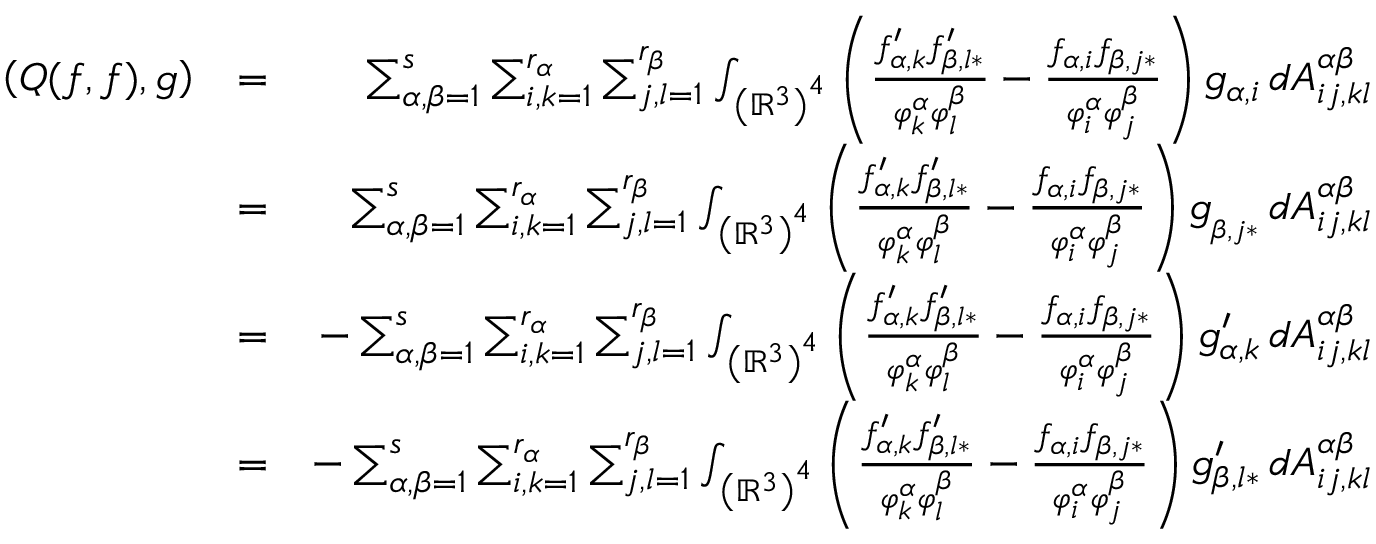
\begin{array} { r l r } { \left( Q ( f , f ) , g \right) } & { = } & { \sum _ { \alpha , \beta = 1 } ^ { s } \sum _ { i , k = 1 } ^ { r _ { \alpha } } \sum _ { j , l = 1 } ^ { r _ { \beta } } \int _ { \left( \mathbb { R } ^ { 3 } \right) ^ { 4 } } \left( \frac { f _ { \alpha , k } ^ { \prime } f _ { \beta , l \ast } ^ { \prime } } { \varphi _ { k } ^ { \alpha } \varphi _ { l } ^ { \beta } } - \frac { f _ { \alpha , i } f _ { \beta , j \ast } } { \varphi _ { i } ^ { \alpha } \varphi _ { j } ^ { \beta } } \right) g _ { \alpha , i } \, d A _ { i j , k l } ^ { \alpha \beta } } \\ & { = } & { \sum _ { \alpha , \beta = 1 } ^ { s } \sum _ { i , k = 1 } ^ { r _ { \alpha } } \sum _ { j , l = 1 } ^ { r _ { \beta } } \int _ { \left( \mathbb { R } ^ { 3 } \right) ^ { 4 } } \left( \frac { f _ { \alpha , k } ^ { \prime } f _ { \beta , l \ast } ^ { \prime } } { \varphi _ { k } ^ { \alpha } \varphi _ { l } ^ { \beta } } - \frac { f _ { \alpha , i } f _ { \beta , j \ast } } { \varphi _ { i } ^ { \alpha } \varphi _ { j } ^ { \beta } } \right) g _ { _ { \beta , j \ast } } \, d A _ { i j , k l } ^ { \alpha \beta } } \\ & { = } & { - \sum _ { \alpha , \beta = 1 } ^ { s } \sum _ { i , k = 1 } ^ { r _ { \alpha } } \sum _ { j , l = 1 } ^ { r _ { \beta } } \int _ { \left( \mathbb { R } ^ { 3 } \right) ^ { 4 } } \left( \frac { f _ { \alpha , k } ^ { \prime } f _ { \beta , l \ast } ^ { \prime } } { \varphi _ { k } ^ { \alpha } \varphi _ { l } ^ { \beta } } - \frac { f _ { \alpha , i } f _ { \beta , j \ast } } { \varphi _ { i } ^ { \alpha } \varphi _ { j } ^ { \beta } } \right) g _ { \alpha , k } ^ { \prime } \, d A _ { i j , k l } ^ { \alpha \beta } } \\ & { = } & { - \sum _ { \alpha , \beta = 1 } ^ { s } \sum _ { i , k = 1 } ^ { r _ { \alpha } } \sum _ { j , l = 1 } ^ { r _ { \beta } } \int _ { \left( \mathbb { R } ^ { 3 } \right) ^ { 4 } } \left( \frac { f _ { \alpha , k } ^ { \prime } f _ { \beta , l \ast } ^ { \prime } } { \varphi _ { k } ^ { \alpha } \varphi _ { l } ^ { \beta } } - \frac { f _ { \alpha , i } f _ { \beta , j \ast } } { \varphi _ { i } ^ { \alpha } \varphi _ { j } ^ { \beta } } \right) g _ { \beta , l \ast } ^ { \prime } \, d A _ { i j , k l } ^ { \alpha \beta } } \end{array}